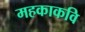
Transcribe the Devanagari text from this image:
महकाकवि